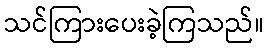
သင်ကြားပေးခဲ့ကြသည်။